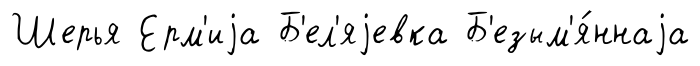
Шерья Ерм'иjа Б'ел'яjевка Б'езым'я́ннаjа